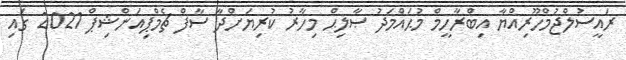
ރައީސުލްޖުމްހޫރިއްޔާ އިބްރާހީމް މުޙައްމަދު ޞާލިޙް މިހާރު ކުރިޔަށްދާ ސާފް ޗެމްޕިއަންޝިޕް 2021 ގައި